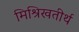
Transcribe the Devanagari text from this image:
मिश्रिखतीर्थ